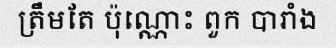
ត្រឹមតែ ប៉ុណ្ណោះ ពួក បារាំង